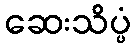
ဆေးသိပ္ပံ